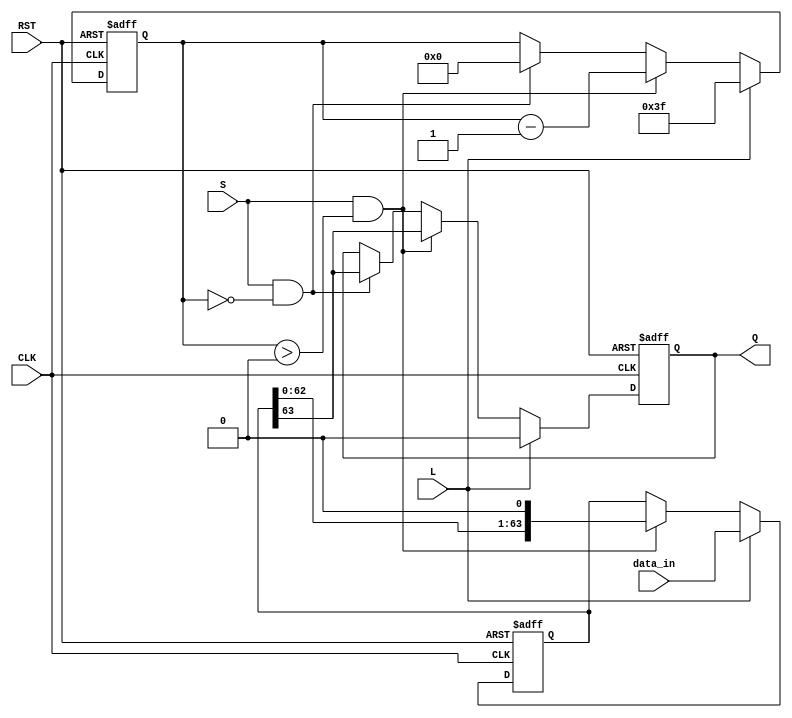
module PISO_Register (
    input wire [63:0] data_in,   // 64-bit input data
    input wire L,                // Load control signal
    input wire S,                // Shift control signal
    input wire CLK,              // Clock signal
    input wire RST,              // Reset signal
    output reg Q                 // Serial output
);

    reg [63:0] storage;          // Internal storage for 64-bit data
    reg [5:0] count;             // Counter for shifting bits (0 to 63)

    // Asynchronous reset
    always @(posedge CLK or posedge RST) begin
        if (RST) begin
            storage <= 64'b0;     // Clear storage
            Q <= 1'b0;            // Clear output
            count <= 6'd0;        // Reset counter
        end else begin
            if (L) begin
                storage <= data_in; // Load data
                count <= 6'd63;     // Set count to 63 for shifting
                Q <= 1'b0;          // Keep output low during load
            end else if (S && count > 0) begin
                Q <= storage[63];   // Output the MSB
                storage <= {storage[62:0], 1'b0}; // Shift left
                count <= count - 1; // Decrement count
            end else if (S && count == 0) begin
                Q <= storage[63];   // Output the last bit
                count <= 6'd0;      // Reset count after full shift
            end
        end
    end

endmodule